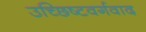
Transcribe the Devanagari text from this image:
उच्छिष्टवर्गवाद